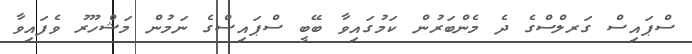
ސްޕައިސް ގަރލްސްގެ ދެ މެންބަރުން ކަމުގައިވާ ބޭބީ ސްޕައިސްގެ ނަމުން މަޝްހޫރު ވެފައިވާ